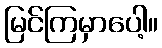
မြင်ကြမှာပေါ့။